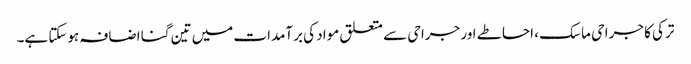
ترکی کا جراحی ماسک ، احاطے اور جراحی سے متعلق مواد کی برآمدات میں تین گنا اضافہ ہوسکتا ہے۔